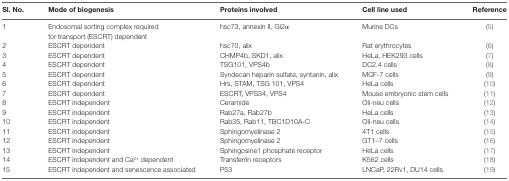
<table><thead><tr><td><b>Sl. No.</b></td><td><b>Mode of biogenesis</b></td><td><b>Proteins involved</b></td><td><b>Cell line used</b></td><td><b>Reference</b></td></tr></thead><tbody><tr><td>1</td><td>Endosomal sorting complex required for transport (ESCRT) dependent</td><td>hsc73, annexin II, Gi2α</td><td>Murine DCs</td><td>(5)</td></tr><tr><td>2</td><td>ESCRT dependent</td><td>hsc70, alix</td><td>Rat erythrocytes</td><td>(6)</td></tr><tr><td>3</td><td>ESCRT dependent</td><td>CHMP4b, SKD1, alix</td><td>HeLa, HEK293 cells</td><td>(7)</td></tr><tr><td>4</td><td>ESCRT dependent</td><td>TSG101, VPS4b</td><td>DC2.4 cells</td><td>(8)</td></tr><tr><td>5</td><td>ESCRT dependent</td><td>Syndecan heparin sulfate, syntanin, alix</td><td>MCF-7 cells</td><td>(9)</td></tr><tr><td>6</td><td>ESCRT dependent</td><td>Hrs, STAM, TSG 101, VPS4</td><td>HeLa cells</td><td>(10)</td></tr><tr><td>7</td><td>ESCRT dependent</td><td>ESCRT, VPS34, VPS4</td><td>Mouse embryonic stem cells</td><td>(11)</td></tr><tr><td>8</td><td>ESCRT independent</td><td>Ceramide</td><td>Oli-neu cells</td><td>(12)</td></tr><tr><td>9</td><td>ESCRT independent</td><td>Rab27a, Rab27b</td><td>HeLa cells</td><td>(13)</td></tr><tr><td>10</td><td>ESCRT independent</td><td>Rab35, Rab11, TBC1D10A-C</td><td>Oli-neu cells</td><td>(14)</td></tr><tr><td>11</td><td>ESCRT independent</td><td>Sphingomyelinase 2</td><td>4T1 cells</td><td>(15)</td></tr><tr><td>12</td><td>ESCRT independent</td><td>Sphingomyelinase 2</td><td>GT1–7 cells</td><td>(16)</td></tr><tr><td>13</td><td>ESCRT independent</td><td>Sphingosine1 phosphate receptor</td><td>HeLa cells</td><td>(17)</td></tr><tr><td>14</td><td>ESCRT independent and Ca<sup>2+</sup> dependent</td><td>Transferrin receptors</td><td>K562 cells</td><td>(18)</td></tr><tr><td>15</td><td>ESCRT independent and senescence associated</td><td>P53</td><td>LNCaP, 22Rv1, DU14 cells</td><td>(19)</td></tr></tbody></table>